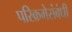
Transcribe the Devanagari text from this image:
परिक्रमेसंबंधी